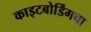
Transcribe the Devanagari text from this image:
काइटबोर्डिंगचा